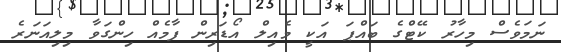
ނަމަވެސް މިހާރު ކޭޓްގެ ބައްޕަ އަކީ މެއިލް އޯޑަރިން ފާމެއް ހިންގަވާ މިލިއަނަރެ